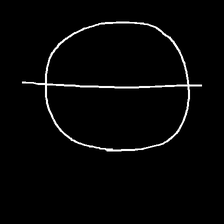
Glyph: orb